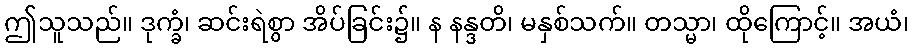
ဤသူသည်။ ဒုက္ခံ၊ ဆင်းရဲစွာ အိပ်ခြင်း၌။ န နန္ဒတိ၊ မနှစ်သက်။ တသ္မာ၊ ထိုကြောင့်။ အယံ၊